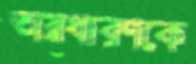
অস্ত্রধারণকে